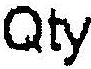
QTY